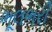
ભૂલભરી